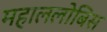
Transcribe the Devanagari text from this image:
महाललोबिस